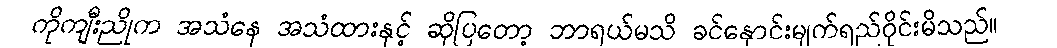
ကိုကျီးညိုက အသံနေ အသံထားနှင့် ဆိုပြတော့ ဘာရယ်မသိ ခင်နှောင်းမျက်ရည်ဝိုင်းမိသည်။